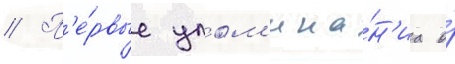
// П'е́рвые упом'ина́н'иа о́